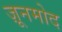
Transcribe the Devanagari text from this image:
ज़ूनमोद